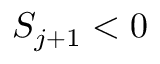
S _ { j + 1 } < 0